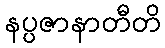
နပ္ပဇာနာတီတိ